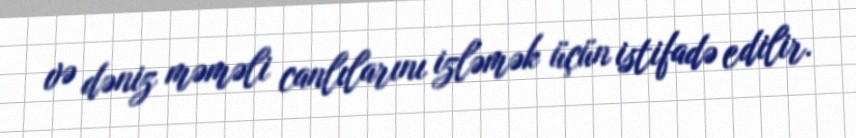
və dəniz məməli canlılarını izləmək üçün istifadə edilir.